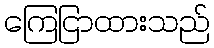
ကြေငြာထားသည်